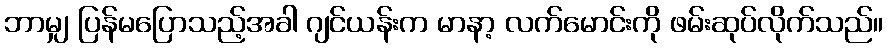
ဘာမျှ ပြန်မပြောသည့်အခါ ဂျင်ယန်းက မာနာ့ လက်မောင်းကို ဖမ်းဆုပ်လိုက်သည်။